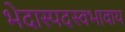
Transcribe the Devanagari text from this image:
भेदास्पदस्वभावाय